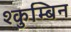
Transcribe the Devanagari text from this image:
श्कुम्बिन